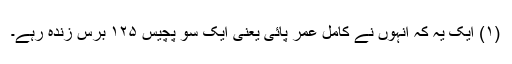
(۱) ایک یہ کہ انہوں نے کامل عمر پائی یعنی ایک سو پچیس ۱۲۵ برس زندہ رہے۔